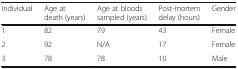
<table><thead><tr><td><b>Individual</b></td><td><b>Age at death (years)</b></td><td><b>Age at bloods sampled (years)</b></td><td><b>Post-mortem delay (hours)</b></td><td><b>Gender</b></td></tr></thead><tbody><tr><td>1</td><td>82</td><td>79</td><td>43</td><td>Female</td></tr><tr><td>2</td><td>92</td><td>N/A</td><td>17</td><td>Female</td></tr><tr><td>3</td><td>78</td><td>78</td><td>10</td><td>Male</td></tr></tbody></table>